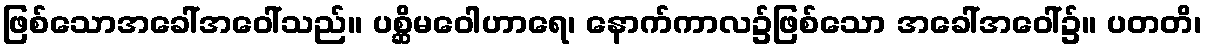
ဖြစ်သောအခေါ်အဝေါ်သည်။ ပစ္ဆိမဝေါဟာရေ၊ နောက်ကာလ၌ဖြစ်သော အခေါ်အဝေါ်၌။ ပတတိ၊